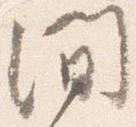
間